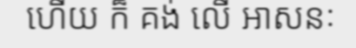
ហើយ ក៏ គង់ លើ អាសនៈ